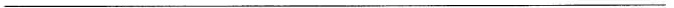
___